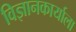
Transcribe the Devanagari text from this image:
विज्ञानकार्याला